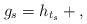
LaTeX: \begin{align*} g_s=h_{t_s}+{},\end{align*}